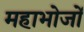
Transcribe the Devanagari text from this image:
महाभोजों